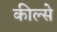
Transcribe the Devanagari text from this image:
कील्से